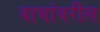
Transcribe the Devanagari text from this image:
वाघांवरील